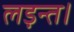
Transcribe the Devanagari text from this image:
लड़न्त।